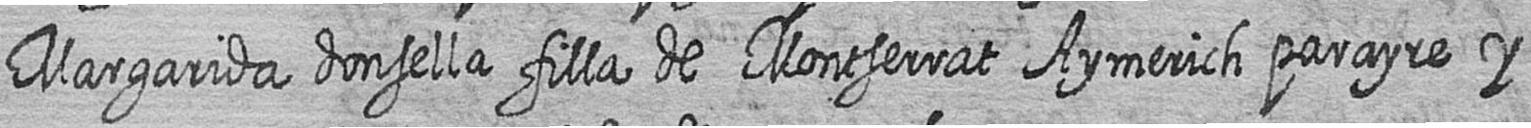
Margarida donsella filla de Montserrat Aymerich parayre y